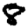
Digit: 8